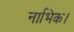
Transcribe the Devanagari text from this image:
नाभिक।